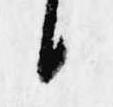
候